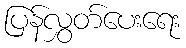
ပြန်လွှတ်ပေးရေး